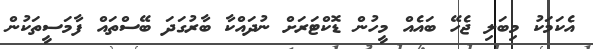
އެކަމަކު މިބަލި ޖެހޭ ބައެއް މީހުން ޑޮކްޓަރަށް ނުދައްކާ ބާރުގަދަ ބޭސްތައް ފާމަސީތަކުން